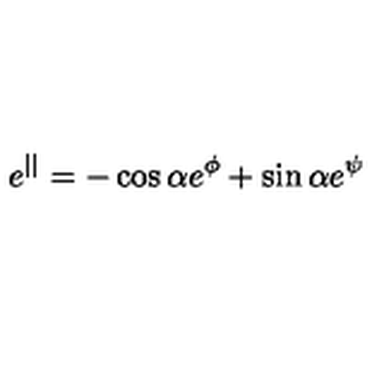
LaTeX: e ^ { | | } = - \cos \alpha e ^ { \phi } + \sin \alpha e ^ { \psi }